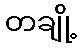
တချို့